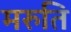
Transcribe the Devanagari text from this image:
मरुति